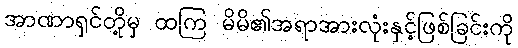
အာဏာရှင်တို့မှ ထကြ မိမိ၏အရာအားလုံးနှင့်ဖြစ်ခြင်းကို